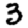
Digit: 3